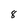
Character: 8